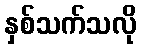
နှစ်သက်သလို